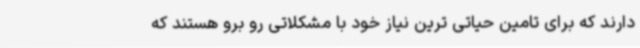
دارند که برای تامین حیاتی ترین نیاز خود با مشکلاتی رو برو هستند که